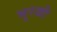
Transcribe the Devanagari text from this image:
भुरखी